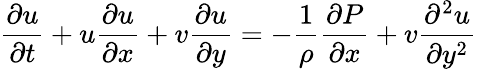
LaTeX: \frac{\partial u}{\partial t}+u\frac{\partial u}{\partial x}+v\frac{\partial u}{\partial y}=-\frac{1}{\rho}\frac{\partial P}{\partial x}+v\frac{\partial^{2}u}{\partial y^{2}}